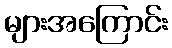
များအကြောင်း